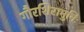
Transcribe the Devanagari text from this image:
गौरशिरामुनिः